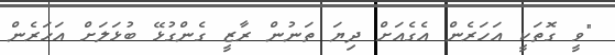
"ވީ ގޮތަކީ އަހަރެން އެގެއަށް ދިޔަ ތަނުން ރާޒީ ގެންގުޅޭ ބުޅަލަށް އަހަރެން